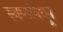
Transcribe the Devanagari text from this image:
स्वप्नांमधून